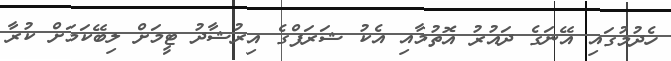
ހެދުމުގައި އޭނަގެ ދައުރު އޮތުމާއި އެކު ޝަރަފްގެ އިރުޝާދު ޓީމަށް ލިބޭކަމަށް ކުރާ